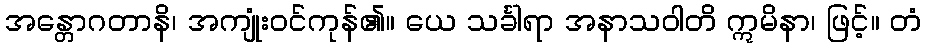
အန္တောဂတာနိ၊ အကျုံးဝင်ကုန်၏။ ယေ သင်္ခါရာ အနာသဝါတိ ဣမိနာ၊ ဖြင့်။ တံ